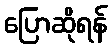
ပြောဆိုရန်